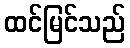
ထင်မြင်သည်